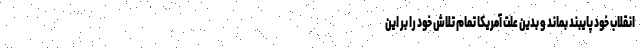
انقلاب خود پایبند بماند و بدین علت آمریکا تمام تلاش خود را بر این